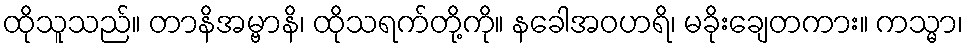
ထိုသူသည်။ တာနိအမ္ဗာနိ၊ ထိုသရက်တို့ကို။ နခေါအဝဟရိ၊ မခိုးချေတကား။ ကသ္မာ၊